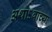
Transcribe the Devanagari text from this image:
अथाऽवाच्यः